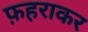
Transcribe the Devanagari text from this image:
फ़हराकर